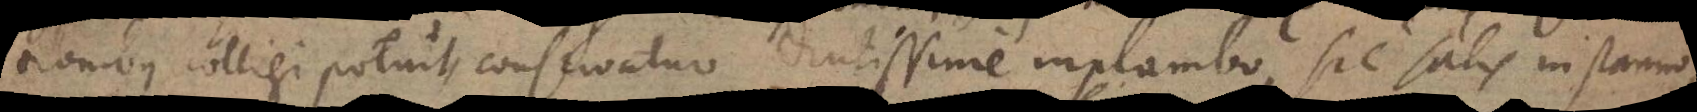
tionibus colligi potuit, conservatur diutissime in plumbo, sic satis in stanno,